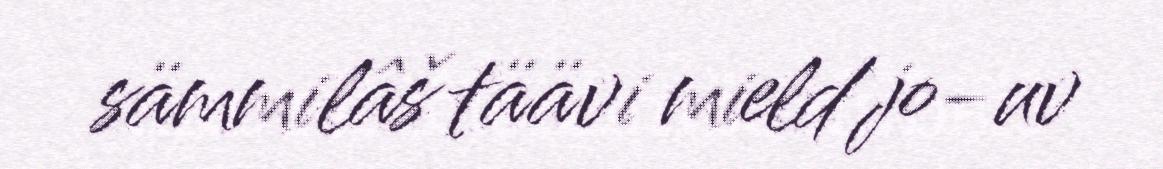
sämmilâš täävi mield jo-uv